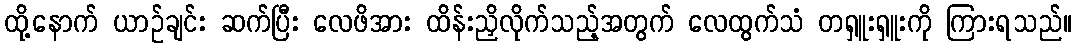
ထို့နောက် ယာဉ်ချင်း ဆက်ပြီး လေဖိအား ထိန်းညှိလိုက်သည့်အတွက် လေထွက်သံ တရှူးရှူးကို ကြားရသည်။